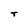
Character: T